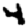
Digit: 4